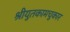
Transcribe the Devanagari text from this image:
श्रीयुतकामचुकार